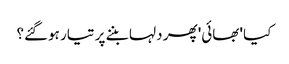
کیا 'بھائی' پھر دلہا بننے پر تیار ہوگئے؟